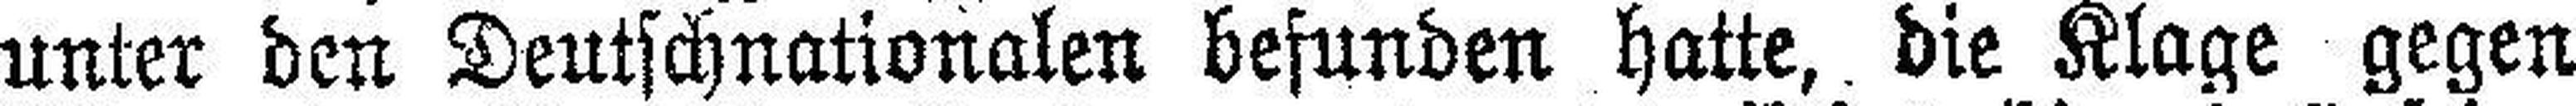
unter den Deutschnationalen befunden hatte, die Klage gegen